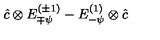
\hat { c } \otimes E _ { \mp \psi } ^ { ( \pm 1 ) } - E _ { - \psi } ^ { ( 1 ) } \otimes \hat { c }